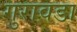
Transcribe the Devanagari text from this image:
गुरावडा